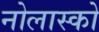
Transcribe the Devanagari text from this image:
नोलास्को